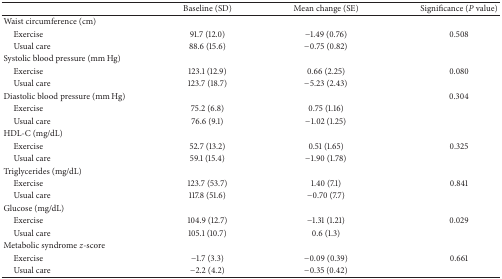
|  | Baseline (SD) | Mean change (SE) | Significance (P value) |
 | --- | --- | --- | --- |
 | Waist circumference (cm) |  |  |  |
 | Exercise | 91.7 (12.0) | −1.49 (0.76) | 0.508 |
 | Usual care | 88.6 (15.6) | −0.75 (0.82) |  |
 | Systolic blood pressure (mm Hg) |  |  |  |
 | Exercise | 123.1 (12.9) | 0.66 (2.25) | 0.080 |
 | Usual care | 123.7 (18.7) | −5.23 (2.43) |  |
 | Diastolic blood pressure (mm Hg) |  |  | 0.304 |
 | Exercise | 75.2 (6.8) | 0.75 (1.16) |  |
 | Usual care | 76.6 (9.1) | −1.02 (1.25) |  |
 | HDL-C (mg/dL) |  |  |  |
 | Exercise | 52.7 (13.2) | 0.51 (1.65) | 0.325 |
 | Usual care | 59.1 (15.4) | −1.90 (1.78) |  |
 | Triglycerides (mg/dL) |  |  |  |
 | Exercise | 123.7 (53.7) | 1.40 (7.1) | 0.841 |
 | Usual care | 117.8 (51.6) | −0.70 (7.7) |  |
 | Glucose (mg/dL) |  |  |  |
 | Exercise | 104.9 (12.7) | −1.31 (1.21) | 0.029 |
 | Usual care | 105.1 (10.7) | 0.6 (1.3) |  |
 | Metabolic syndrome z-score |  |  |  |
 | Exercise | −1.7 (3.3) | −0.09 (0.39) | 0.661 |
 | Usual care | −2.2 (4.2) | −0.35 (0.42) |  |